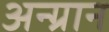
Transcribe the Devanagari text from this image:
अन्ग्रान